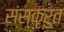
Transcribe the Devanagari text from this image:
संस्कृरुत